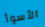
الأسوأ